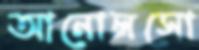
আনোলসো